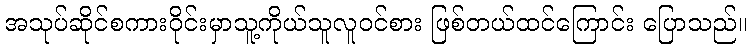
အသုပ်ဆိုင်စကားဝိုင်းမှာသူ့ကိုယ်သူလူဝင်စား ဖြစ်တယ်ထင်ကြောင်း ပြောသည်။